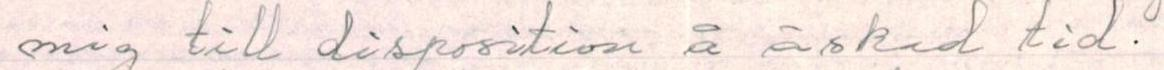
mig till disposition å äskad tid.